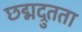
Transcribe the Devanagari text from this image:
छद्मद्रुतता